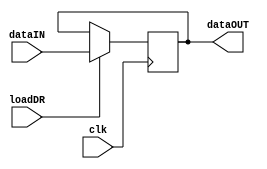
module regDR
#(parameter dataWidth = 16)
(
input clk,
input loadDR,
input [dataWidth-1:0] dataIN,
output reg [dataWidth-1:0] dataOUT
);

always@(negedge clk)
begin
if (loadDR)
	dataOUT<=dataIN;
end

endmodule